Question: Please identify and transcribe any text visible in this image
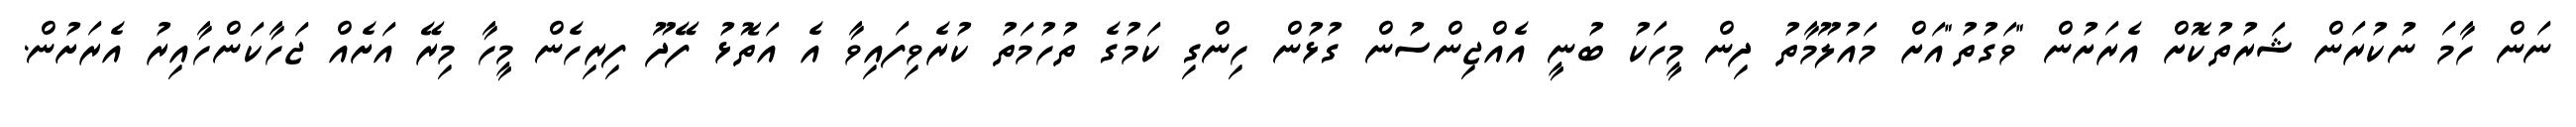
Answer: ނަން ހާމަ ނުކުރަން ޝަރުތުކޮށް އެރަށުން "ވަގުތު"އަށް މައުލޫމާތު ދިން މީހަކު ބުނީ އެއްޖިންސުން ގުޅުން ހިންގި ކަމުގެ ތުހުމަތު ކުރެވިފައިވާ އެ އަތޮޅު ފޭދޫ ފިރިހެން މީހާ މިރޭ އަށެއް ޖަހާކަންހާއިރު އެރަށުން.